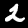
Digit: 2